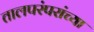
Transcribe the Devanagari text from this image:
तालपरंपरांच्या